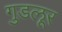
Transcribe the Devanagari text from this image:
गुडलूर